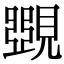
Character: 𧡸